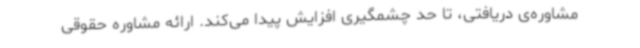
مشاوره‌ی دریافتی، تا حد چشمگیری افزایش پیدا می‌کند. ارائه مشاوره حقوقی